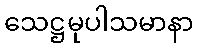
သေဋ္ဌမုပါသမာနာ